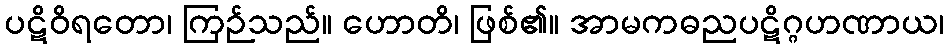
ပဋိဝိရတော၊ ကြဉ်သည်။ ဟောတိ၊ ဖြစ်၏။ အာမကဓညပဋိဂ္ဂဟဏာယ၊